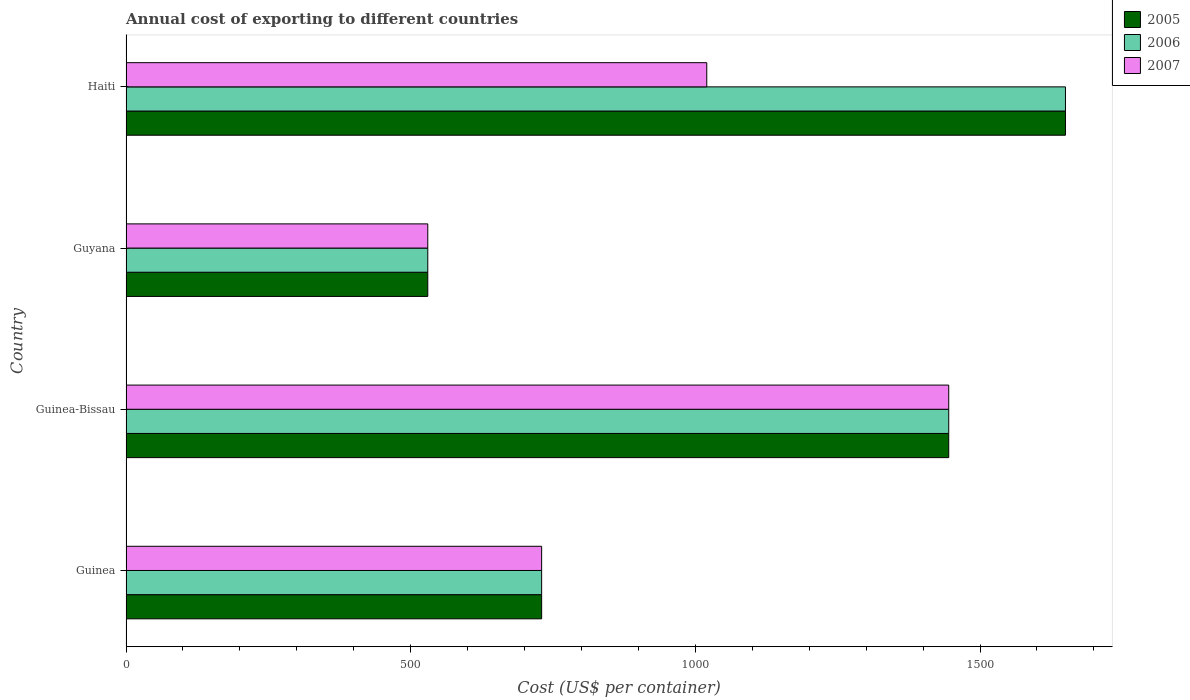
| Country | 2005 | 2006 | 2007 |
 | --- | --- | --- | --- |
 | Guinea | 730 | 730 | 730 |
 | Guinea-Bissau | 1.44e+03 | 1.44e+03 | 1.44e+03 |
 | Guyana | 530 | 530 | 530 |
 | Haiti | 1.65e+03 | 1.65e+03 | 1.02e+03 |